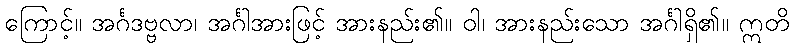
ကြောင့်။ အင်္ဂဒဗ္ဗလာ၊ အင်္ဂါအားဖြင့် အားနည်း၏။ ဝါ၊ အားနည်းသော အင်္ဂါရှိ၏။ ဣတိ